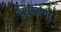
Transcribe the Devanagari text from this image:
हेरयंत्रणा